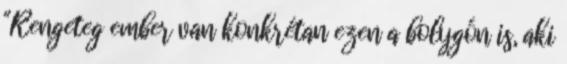
"Rengeteg ember van konkrétan ezen a bolygón is, aki